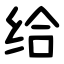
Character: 给